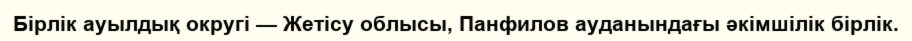
Бірлік ауылдық округі — Жетісу облысы, Панфилов ауданындағы әкімшілік бірлік.